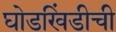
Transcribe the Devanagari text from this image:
घोडखिंडीची